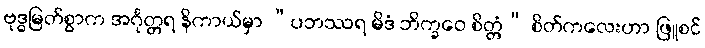
ဗုဒ္ဓမြတ်စွာက အင်္ဂုတ္တရ နိကာယ်မှာ “ပဘဿရ မိဒံ ဘိက္ခဝေ စိတ္တံ” စိတ်ကလေးဟာ ဖြူစင်